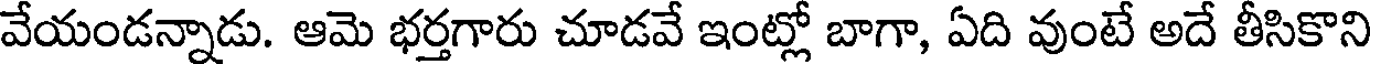
వేయండన్నాడు. ఆమె భర్తగారు చూడవే ఇంట్లో బాగా, ఏది వుంటే అదే తీసికొని